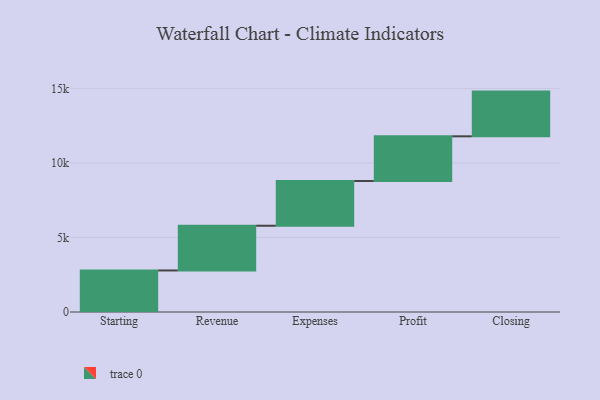
{"axis": {"x": "Step", "y": "Value"}, "legend": [""], "data": [{"x": "Starting", "y": 2787.0, "type": ""}, {"x": "Revenue", "y": 3000, "type": ""}, {"x": "Expenses", "y": 3000, "type": ""}, {"x": "Profit", "y": 3000, "type": ""}, {"x": "Closing", "y": 3000, "type": ""}]}